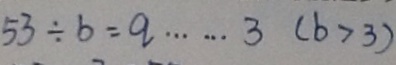
5 3 \div b = q \cdots 3 ( b > 3 )